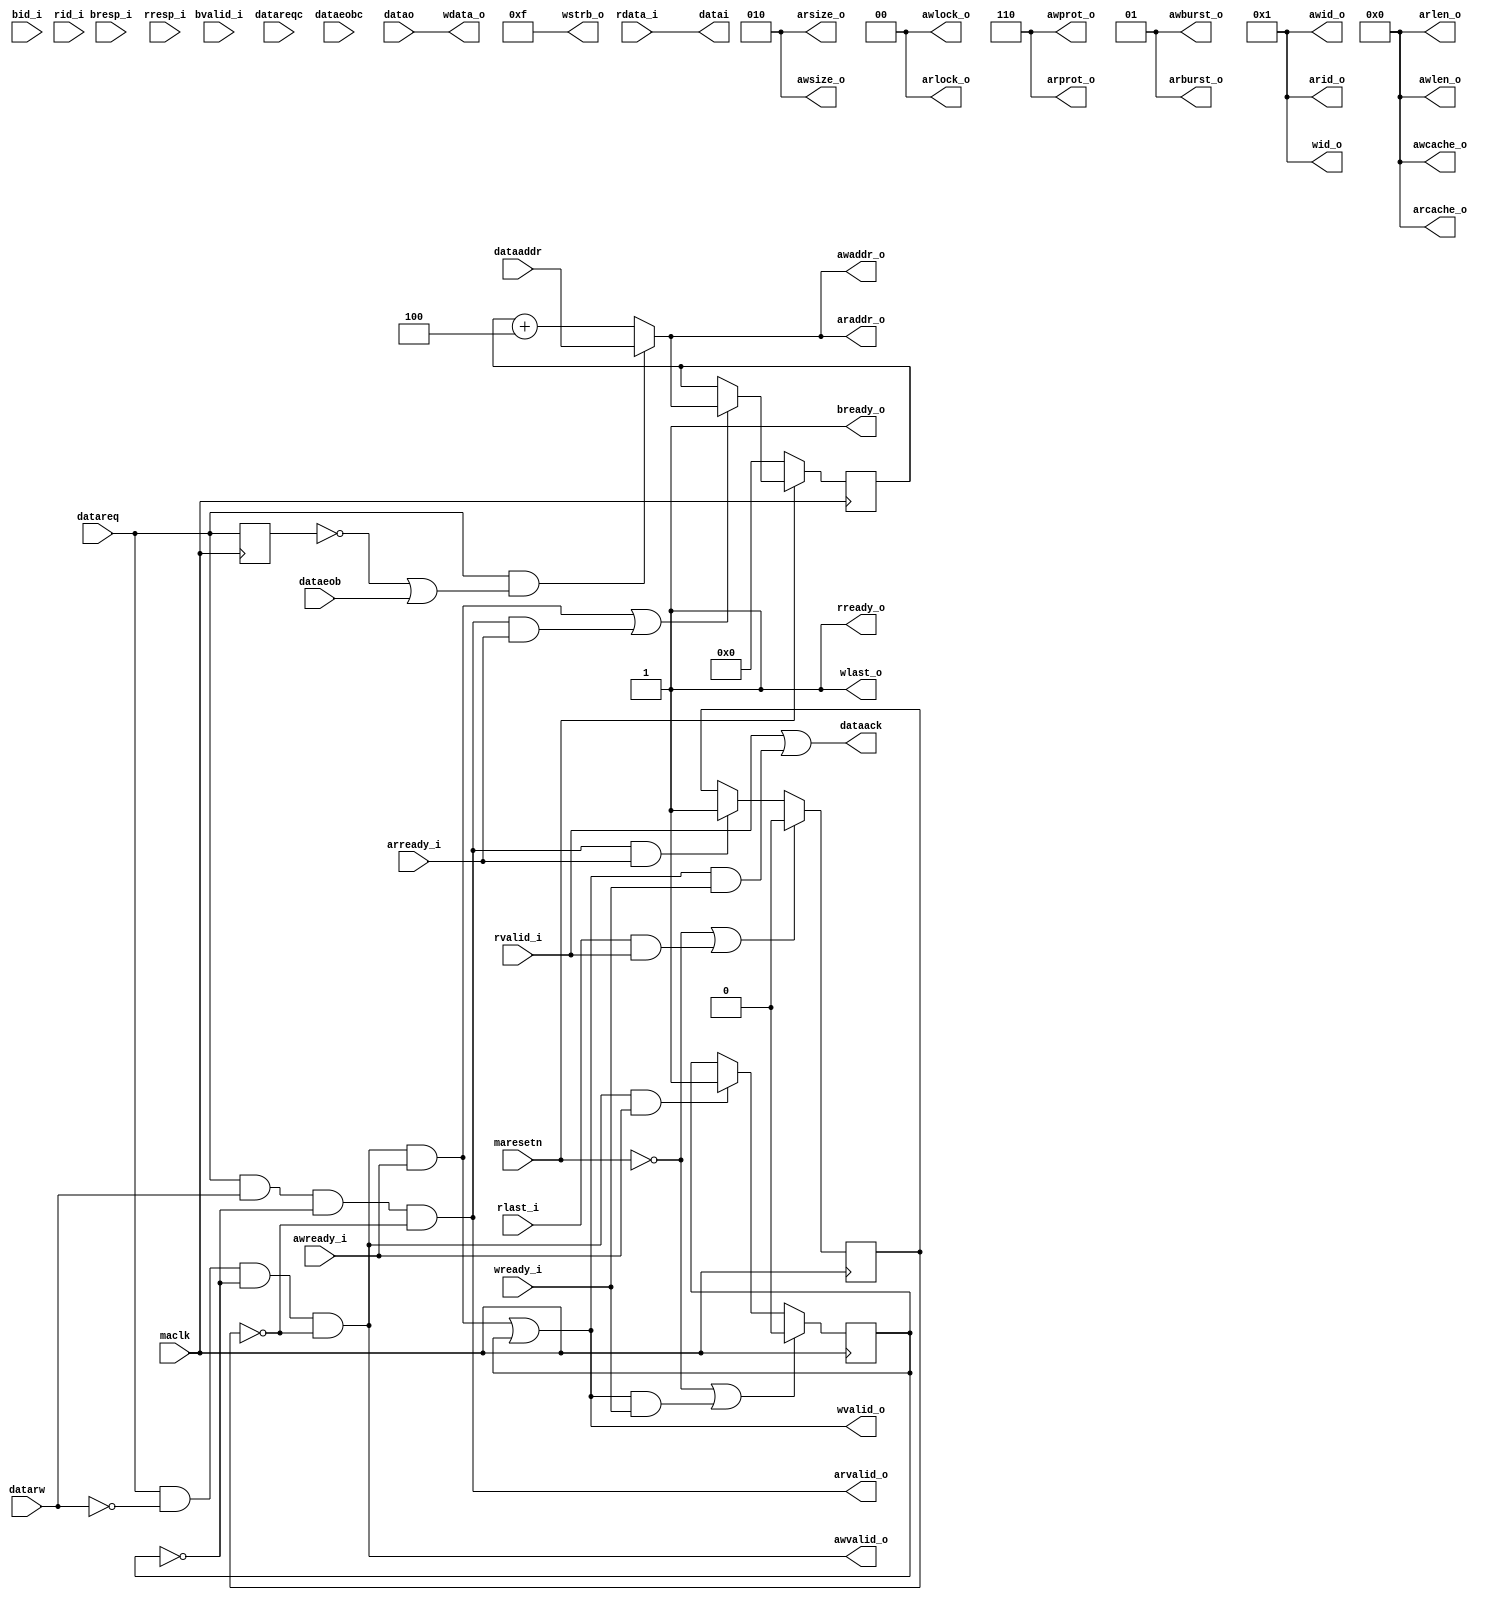
module MACDATA2AXI (
  maclk               ,   
  maresetn            ,

  awid_o              ,
  awaddr_o            ,
  awlen_o             ,
  awsize_o            ,
  awburst_o           ,
  awlock_o            ,
  awcache_o           ,
  awprot_o            ,
  awvalid_o           ,
  awready_i           ,
  wid_o               ,
  wdata_o             ,
  wstrb_o             ,
  wlast_o             ,
  wvalid_o            ,
  wready_i            ,
  bid_i               ,
  bresp_i             ,
  bvalid_i            ,
  bready_o            ,
  arid_o              ,
  araddr_o            ,
  arlen_o             ,
  arsize_o            ,
  arburst_o           ,
  arlock_o            ,
  arcache_o           ,
  arprot_o            ,
  arvalid_o           ,
  arready_i           ,
  rid_i               ,
  rdata_i             ,
  rresp_i             ,
  rlast_i             ,
  rvalid_i            ,
  rready_o            ,
  datareq             , 
  datareqc            , 
  datarw              , 
  dataeob             , 
  dataeobc            , 
  dataaddr            , 
  datao               , 
  dataack             , 
  datai
  );

  parameter MAXIDATAWIDTH     = 32;
  parameter MAXIADDRESSWIDTH  = 32;
  parameter MACDATAWIDTH      = 32;
  parameter MACADDRESSWIDTH   = 32;


input maclk;
input maresetn;
output  [  3:0] awid_o              ;
output  [ 31:0] awaddr_o            ;
output  [  3:0] awlen_o             ;
output  [  2:0] awsize_o            ;
output  [  1:0] awburst_o           ;
output  [  1:0] awlock_o            ;
output  [  3:0] awcache_o           ;
output  [  2:0] awprot_o            ;
output          awvalid_o           ;
input           awready_i           ;
output  [  3:0] wid_o               ;
output  [ 31:0] wdata_o             ;
output  [  3:0] wstrb_o             ;
output          wlast_o             ;
output          wvalid_o            ;
input           wready_i            ;
input   [  3:0] bid_i               ;
input   [  1:0] bresp_i             ;
input           bvalid_i            ;
output          bready_o            ;
output  [  3:0] arid_o              ;
output  [ 31:0] araddr_o            ;
output  [  3:0] arlen_o             ;
output  [  2:0] arsize_o            ;
output  [  1:0] arburst_o           ;
output  [  1:0] arlock_o            ;
output  [  3:0] arcache_o           ;
output  [  2:0] arprot_o            ;
output          arvalid_o           ;
input           arready_i           ;
input   [  3:0] rid_i               ;
input   [ 31:0] rdata_i             ;
input   [  1:0] rresp_i             ;
input           rlast_i             ;
input           rvalid_i            ;
output          rready_o            ;                 


input     datareq; 
input     datareqc; 
input     datarw; 
input     dataeob; 
input     dataeobc; 
input     [MACADDRESSWIDTH - 1:0] dataaddr; 
input     [MACDATAWIDTH - 1:0] datao; 
output    dataack; 
wire      dataack;
output    [MACDATAWIDTH - 1:0] datai; 
wire      [MACDATAWIDTH - 1:0] datai;


assign arid_o           = 4'h1;
assign arsize_o         = 3'b010;
assign arlen_o          = 4'b0000;
assign arburst_o        = 2'b01;
assign arlock_o         = 2'b00;
assign arcache_o        = 4'b0000;
assign arprot_o         = 3'b110;

reg isWriting;
reg isReading;

always @(posedge maclk)
begin
   if (!maresetn || (wlast_o && wvalid_o && wready_i))
   begin
      isWriting <= 1'b0;
   end
   else if (awvalid_o && awready_i)
   begin
      isWriting <= 1'b1;
   end
end

always @(posedge maclk)
begin
   if (!maresetn || (rlast_i && rvalid_i && rready_o))
   begin
      isReading <= 1'b0;
   end
   else if (arvalid_o && arready_i)
   begin
      isReading <= 1'b1;
   end
end

reg  [MACADDRESSWIDTH-1:0] dataAddr_c_r;
wire [MACADDRESSWIDTH-1:0] dataAddr_c;
wire dataAddr_sel;
reg dataReq_r;

always @(posedge maclk)
begin
   dataReq_r  <= datareq;
end

wire dataAddr_c_r_en;
assign dataAddr_c_r_en = (awvalid_o & awready_i) |
                         (arvalid_o & arready_i);
always @(posedge maclk)
begin
   if (!maresetn)
   begin
      dataAddr_c_r <= 32'd0;
   end
   else if ( dataAddr_c_r_en)
   begin
      dataAddr_c_r <= dataAddr_c;
   end
end

assign dataAddr_sel = datareq & (~dataReq_r | dataeob); 
assign dataAddr_c = dataAddr_sel ? dataaddr : dataAddr_c_r+3'b100; 

wire   arvalid;
assign arvalid = datareq & datarw & ~isWriting & ~isReading;

assign araddr_o     = dataAddr_c;
assign arvalid_o    = arvalid;

assign rready_o = 1'b1;
assign datai    = rdata_i;
wire readDataAck;
assign readDataAck  = rvalid_i & rready_o;

assign awid_o           = 4'h1;
assign awsize_o         = 3'b010;
assign awlen_o          = 4'b0000;
assign awburst_o        = 2'b01;
assign awlock_o         = 2'b00;
assign awcache_o        = 4'b0000;
assign awprot_o         = 3'b110;

wire   awvalid;
assign awvalid = datareq & ~datarw & ~isWriting & ~isReading;

assign awvalid_o = awvalid;
assign awaddr_o  = dataAddr_c;

wire        wvalid;
assign  wid_o       = 4'h1;
assign  wlast_o     = 1'b1;
assign  wdata_o     = datao;
assign  wstrb_o     = 4'b1111;

assign wvalid = (awvalid_o & awready_i) | isWriting;
assign  wvalid_o    = wvalid;

wire writeDataAck;
assign writeDataAck = wvalid & wready_i;

assign  bready_o    = 1'b1;

assign  dataack    = readDataAck |  writeDataAck;

endmodule